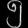
Digit: ၅